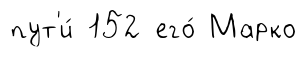
пут'и́ 152 его́ Марко